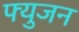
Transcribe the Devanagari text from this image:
फ्युजन